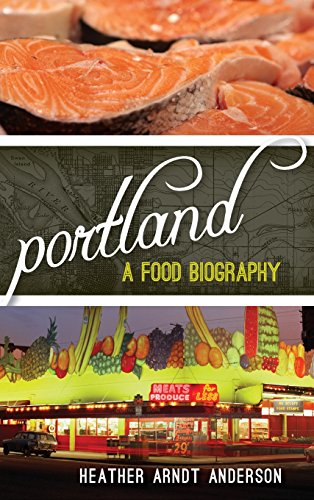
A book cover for Portland: A Food Biography (Big City Food Biographies); Heather Arndt Anderson; Cookbooks, Food & Wine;